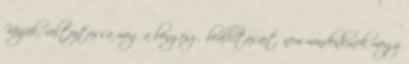
Kérjük, változtassa meg a böngésző beállításait. nem mindenkinek megy